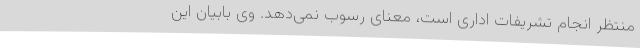
منتظر انجام تشریفات اداری است، معنای رسوب نمی‌دهد. وی بابیان این‌